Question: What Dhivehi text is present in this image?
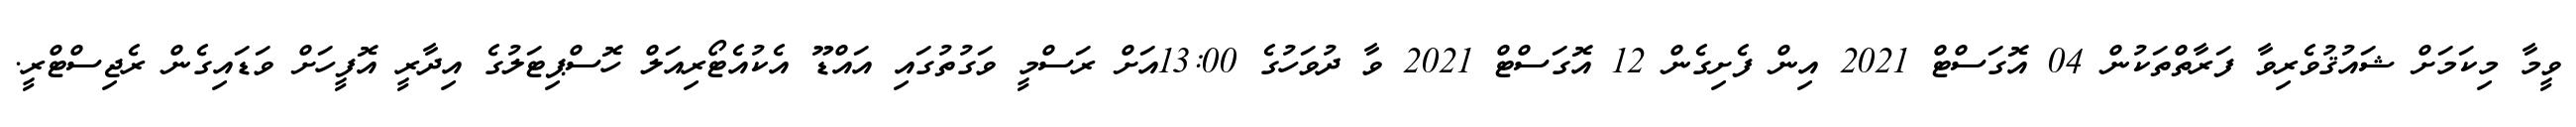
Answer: ވީމާ މިކަމަށް ޝައުޤުވެރިވާ ފަރާތްތަކުން 04 އޮގަސްޓް 2021 އިން ފެށިގެން 12 އޮގަސްޓް 2021 ވާ ދުވަހުގެ 13:00އަށް ރަސްމީ ވަގުތުގައި އައްޑޫ އެކުއެޓޯރިއަލް ހޮސްޕިޓަލުގެ އިދާރީ އޮފީހަށް ވަޑައިގެން ރެޖިސްޓްރީ.